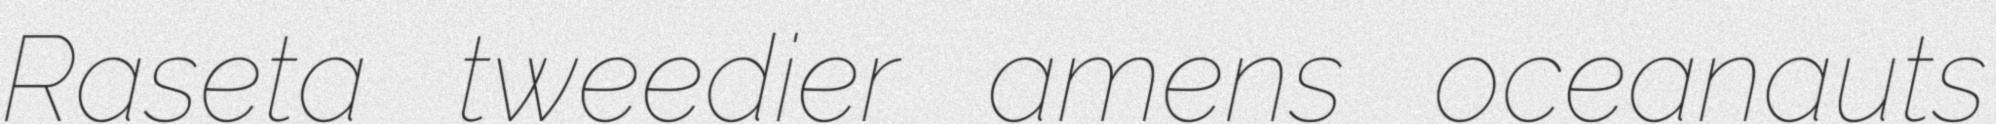
Raseta tweedier amens oceanauts